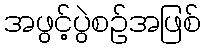
အဖွင့်ပွဲစဉ်အဖြစ်